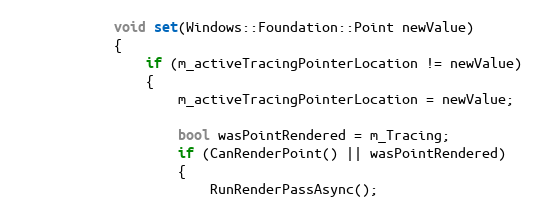
Language: C
            void set(Windows::Foundation::Point newValue)
            {
                if (m_activeTracingPointerLocation != newValue)
                {
                    m_activeTracingPointerLocation = newValue;

                    bool wasPointRendered = m_Tracing;
                    if (CanRenderPoint() || wasPointRendered)
                    {
                        RunRenderPassAsync();